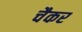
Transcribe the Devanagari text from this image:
चैकर